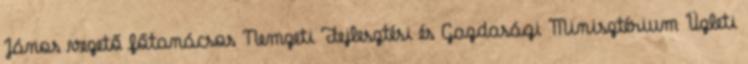
János vezető főtanácsos Nemzeti Fejlesztési és Gazdasági Minisztérium Üzleti